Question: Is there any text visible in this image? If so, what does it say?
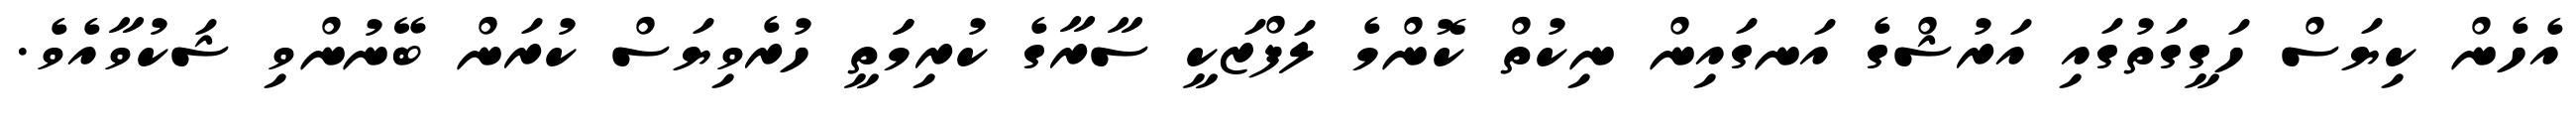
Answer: އެހެން ކިޔަސް ހަގީގަތުގައި އަރުޝްގެ އަނގައިން ނިކުތް ކޮންމެ ލަފްޒަކީ ސާރާގެ ކުރިމަަތީ ހުރެވިޔަސް ކުރަން ބޭނުންވި ޝަކުވާއެވެ.